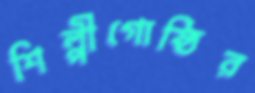
শিল্পীগোষ্ঠির